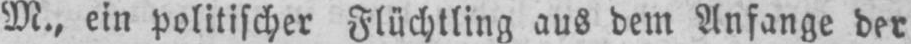
M., ein politischer Flüchtling aus dem Anfange der